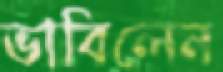
ভাবিলেন